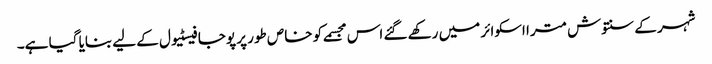
شہر کے سنتوش مترا اسکوائر میں رکھے گئے اس مجسمے کو خاص طور پر پوجا فیسٹیول کے لیے بنایا گیا ہے۔